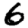
Digit: 6